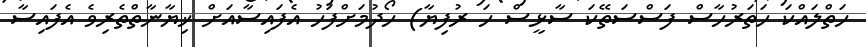
ހަތްލައްކަ ހަތަރުހާސް ފަސްސަތޭކަ ސާޅީސް ހަ ރުފިޔާ) ހޯދުމަށްފަހު އެފައިސާއަށް ޚިޔާނާތްތެރިވެ އެފައިސާ